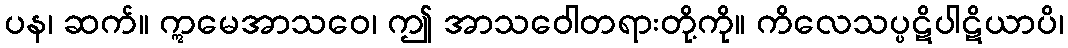
ပန၊ ဆက်။ ဣမေအာသဝေ၊ ဤ အာသဝေါတရားတို့ကို။ ကိလေသပ္ပဋိပါဋိယာပိ၊